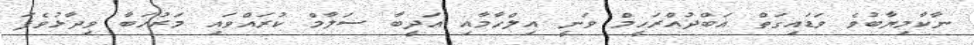
ނާކާމިޔާބުވެ ވަޑައިގަތް އަބްދުއްރަހީމް ވަނީ އިލްހާމާއި އަދީބާ ސަލާމް ކުރައްވައި މަރުހަބާ ވިދާޅުވެފަ